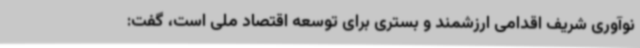
نوآوری شریف اقدامی ارزشمند و بستری برای توسعه اقتصاد ملی است، گفت: